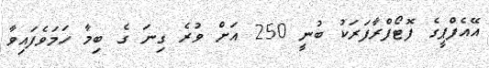
އޭއެފްޕީގެ ފޮޓޯފްރާފަރަކު ބުނީ 250 އަށް ވުރެ ގިނަ ގެ ބިމާ ހަމަވެފައިވާ